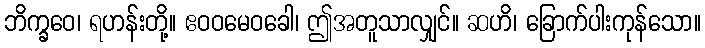
ဘိက္ခဝေ၊ ရဟန်းတို့။ ဧဝဝမေဝခေါ၊ ဤအတူသာလျှင်။ ဆဟိ၊ ခြောက်ပါးကုန်သော။